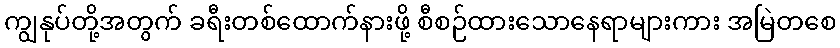
ကျွနုပ်တို့အတွက် ခရီးတစ်ထောက်နားဖို့ စီစဉ်ထားသောနေရာများကား အမြဲတစေ